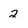
Character: 2